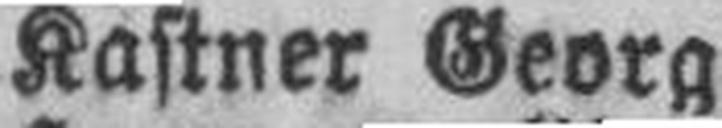
Kastner Georg